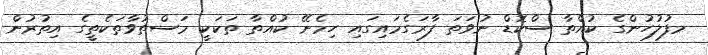
މފުލުހުންގެ ކުއްތާ ސްކޮޑް ނުވަތަ ފާރަގެމައިގައި ހިމެނޭ ކުއްތާ ތަކަކީ މަސްތުވާތަކެތީގެ އިތުރުން